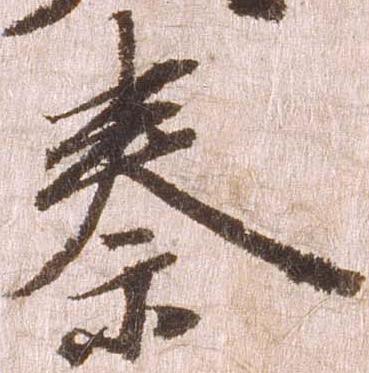
秦